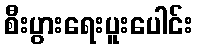
စီးပွားရေးပူးပေါင်း